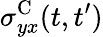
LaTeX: \sigma_{yx}^{\textrm{C}}(t,t^{\prime})